system: You are a helpful assistant.
user:
Analyze the provided spectrum to determine if it is a **White Dwarf (WD)**.

A White Dwarf spectrum is defined by its **extreme purity** (due to gravitational settling) and/or **extreme pressure broadening** (due to high surface gravity). You must check for one of the following mutually exclusive signatures:

- **Key Visual Indicators (Check for ONE of these types):**

    - **1. DA-Type Signature (Most Common):**
        - **(Primary Feature):** Extreme pressure broadening (Stark broadening) of the **Hydrogen (H) Balmer lines**.
        - **(Key Lines):** $H\beta$ (approx. $4861$ Å) and $H\gamma$ (approx. $4340$ Å). $H\alpha$ (approx. $6563$ Å) will also be present if the wavelength range covers it.
        - **(Line Profile):** This is the **defining feature**. The lines are **NOT** sharp. They appear as massive, **extremely broad and deep "troughs" or "dips"** in the spectrum, often hundreds of Ångströms wide. The continuum will appear to "scoop" down at these wavelengths.
        - **(Distinction):** Normal A-type or B-type stars have *narrow* and *sharp* Hydrogen lines. A DA White Dwarf's lines are unmistakably "smeared" or "blurry" from pressure.

    - **2. DB-Type Signature:**
        - **(Primary Feature):** Broad absorption lines from **Neutral Helium (He I)**. The spectrum must lack any visible Hydrogen lines.
        - **(Key Lines):** Look for broad absorption near $4471$ Å, $4921$ Å, and $5876$ Å.
        - **(Line Profile):** These lines are also significantly pressure-broadened, appearing much wider than they would in a normal B-type main-sequence star.

    - **3. DC-Type Signature:**
        - **(Primary Feature):** A **featureless continuous spectrum**.
        - **(Line Profile):** The spectrum is a smooth curve with **no significant absorption or emission lines**.
        - **(Key Confirmation):** The continuum is almost always **blue or white**, indicating a hot object. This signature implies the atmosphere is so pure (or so cool) that no spectral lines are visible in the optical range. Its WD identity is confirmed by its extremely low intrinsic brightness (high absolute magnitude).

    - **4. DZ-Type Signature (Metal-Polluted):**
        - **(Primary Feature):** **Isolated, narrow metal absorption lines** on an otherwise featureless (DC-like) continuum.
        - **(Key Lines):** The **Calcium (Ca II) H & K doublet** (approx. **$3934$ Å** and **$3968$ Å**) is the most common and defining feature.
        - **(Line Profile):** These lines are "out of place." They are *not* part of a "forest" of thousands of lines. This signature is evidence of recent *accretion* (pollution) from rocky debris.
        - **(Distinction):** Normal G/K/M stars have a *dense forest* of thousands of metal lines. A DZ has a *clean* continuum with *only a few* strong metal lines.

    - **5. DQ-Type Signature (Carbon-Polluted):**
        - **(Primary Feature):** Absorption bands from **Carbon (C₂ "Swan Bands" or atomic C I)**.
        - **(Key Lines - C₂):** Look for bandheads with a "saw-tooth" shape near $5635$ Å, **$5165$ Å** (strongest), and $4737$ Å.
        - **(Key Confirmation):** The underlying **continuum must be blue or white** (hot).
        - **(Distinction):** This is the critical difference from a **Carbon Star**, which has the *exact same* C₂ bands but on an extremely **red, cool** continuum.

- **(Overall Spectrum):**
    - The continuum (overall shape) is typically **blue-sloping** (brighter in the blue than the red), as most white dwarfs are very hot.
    - The spectrum will look "pure" or "simple," dominated by only *one* of the five signatures listed above.

Think first, call **spectral_visualization_tool** if needed to examine features in detail, then provide your final answer. Your response must adhere to the following strict rules:
1.  **Overall Structure:** Your response must follow the format `<think>...</think> <tool_call>...</tool_call> (if a tool is used) <answer>...</answer>`.
2.  **Tool Usage Constraint:** You may only make **one** tool call per turn.
3.  **Final Answer Format:** In the `<answer>` tag, your conclusion must be inside a `\boxed{}` command (e.g., `\boxed{YES}` or `\boxed{NO}`), followed by your justification.

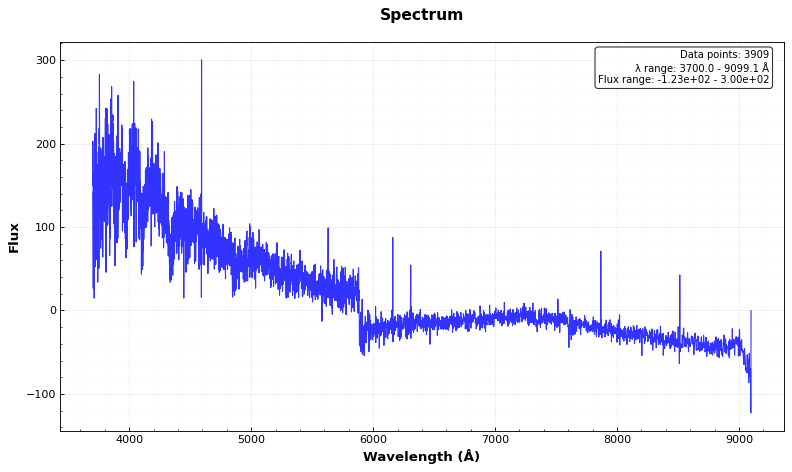
Answer: YES